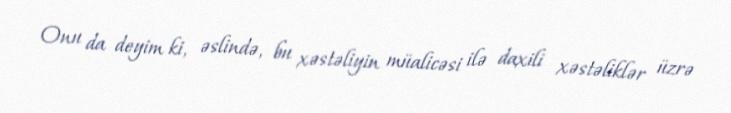
Onu da deyim ki, əslində, bu xəstəliyin müalicəsi ilə daxili xəstəliklər üzrə